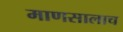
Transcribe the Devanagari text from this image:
माणसालाच